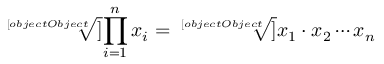
{ \sqrt [ [object Object] ] { \prod _ { i = 1 } ^ { n } x _ { i } } } = { \sqrt [ [object Object] ] { x _ { 1 } \cdot x _ { 2 } \dotsb x _ { n } } }